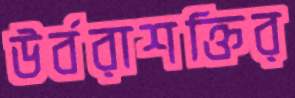
উর্বরাশক্তির